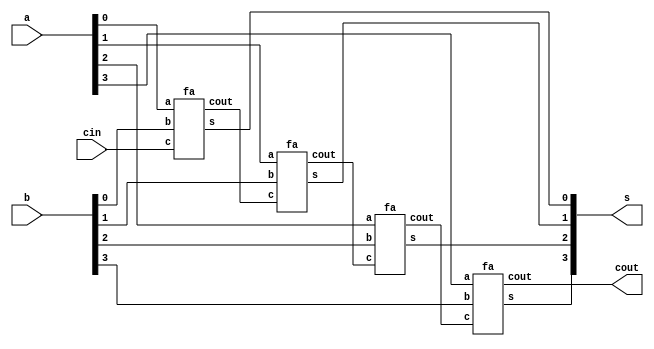
`timescale 1ns / 1ps

module Ripple_carry_adder(
input [3:0] a,b,
input cin,
output [3:0] s,
output cout );
wire [2:0] ca;

fa f1(a[0],b[0],cin,s[0],ca[0]);
fa f2(a[1],b[1],ca[0],s[1],ca[1]);
fa f3(a[2],b[2],ca[1],s[2],ca[2]);
fa f4(a[3],b[3],ca[2],s[3],cout);

endmodule

module fa(
input a,b,c,
output s,cout);
assign s=a^b^c;
assign cout =(a&b)|(b&c)|(c&a);
endmodule